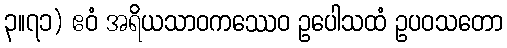
၃။၇၁) ဧဝံ အရိယသာဝကဿေဝ ဥပေါသထံ ဥပဝသတော